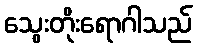
သွေးတိုးရောဂါသည်